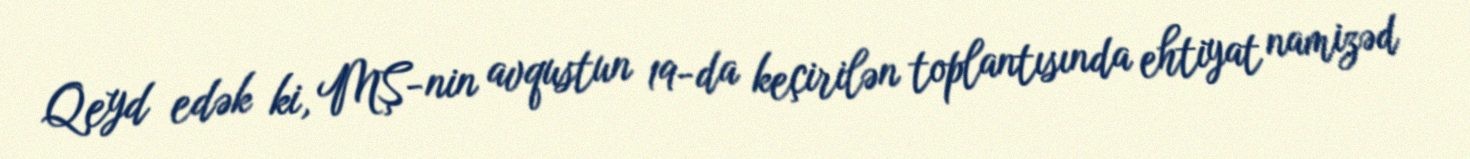
Qeyd edək ki, MŞ-nin avqustun 19-da keçirilən toplantısında ehtiyat namizəd